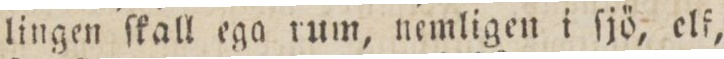
lingen ſkall ega rum, nemligen i ſjö, elf,